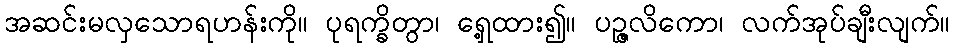
အဆင်းမလှသောရဟန်းကို။ ပုရက္ခိတွာ၊ ရှေ့ထား၍။ ပဉ္ဇလိကော၊ လက်အုပ်ချီးလျက်။